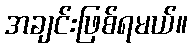
အချင်းဖြစ်ရမယ်။